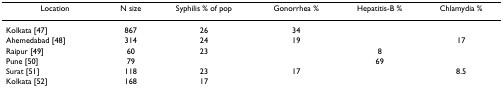
| Location | N size | Syphilis % of pop | Gonorrhea % | Hepatitis-B % | Chlamydia % |
 | --- | --- | --- | --- | --- | --- |
 | Kolkata [47] | 867 | 26 | 34 |  |  |
 | Ahemedabad [48] | 314 | 24 | 19 |  | 17 |
 | Raipur [49] | 60 | 23 |  | 8 |  |
 | Pune [50] | 79 |  |  | 69 |  |
 | Surat [51] | 118 | 23 | 17 |  | 8.5 |
 | Kolkata [52] | 168 | 17 |  |  |  |